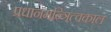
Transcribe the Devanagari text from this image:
प्रधानमन्त्रित्वकाल